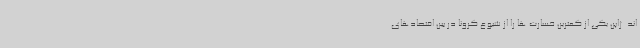
اند. ژاپن یکی از کمترین خسارت ها را از شیوع کرونا در بین اقتصادهای